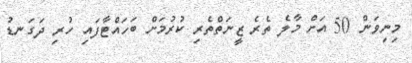
މިނިވަން 50 އަށް މާލެ ތެރެ ޒީނަތްތެރި ކުރުމަށް ބަހައްޓާފައި ހުރި ދަގަނޑު